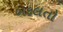
બદલતો